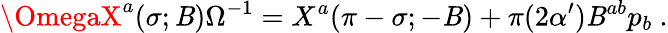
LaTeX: \OmegaX^{a}(\sigma;\mathit{B})\Omega^{-1}=X^{a}(\pi-\sigma;-\mathit{B})+\pi(2\alpha^{\prime})\mathit{B}^{ab}p_{b}\ .